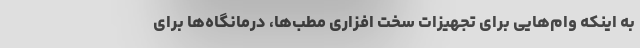
به اینکه وام‌هایی برای تجهیزات سخت افزاری مطب‌ها، درمانگاه‌ها برای